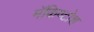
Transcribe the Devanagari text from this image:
मॅकिण्टोश